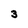
Character: 3